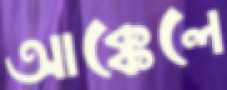
আক্কেলে